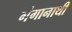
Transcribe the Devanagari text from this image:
गंगानाथी